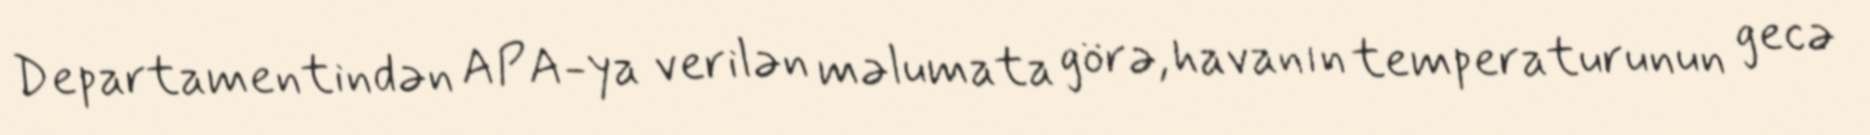
Departamentindən APA-ya verilən məlumata görə, havanın temperaturunun gecə